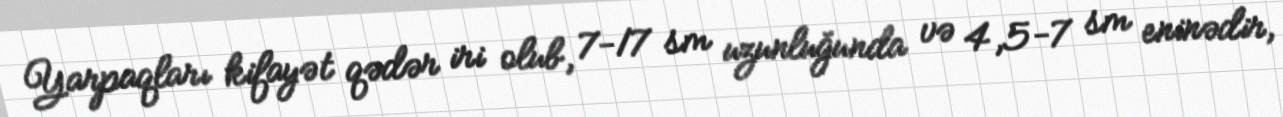
Yarpaqları kifayət qədər iri olub, 7-17 sm uzunluğunda və 4,5-7 sm eninədir,